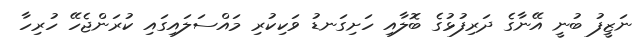
ނަޒީފު ބުނީ އޭނާގެ ދަރިފުޅުގެ ބޮލާއި ހަށިގަނޑު ވަކިކުރި މައްސަލައިގައި ކުރަންޖެހޭ ހުރިހާ